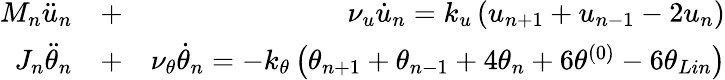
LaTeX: \begin{array}{rlr}{{{M}_{n}}{{\ddot{u}}_{n}}}&{{}+}&{\nu_{u}\dot{u}_{n}={{k}_{u}}\left({{u}_{n+1}}+{{u}_{n-1}}-2{{u}_{n}}\right)}\\ {{{J}_{n}}{{\ddot{\theta}}_{n}}}&{{}+}&{\nu_{\theta}\dot{\theta}_{n}=-{{k}_{\theta}}\left({{\theta}_{n+1}}+{{\theta}_{n-1}}+4{{\theta}_{n}}+6{{\theta}^{(0)}}-6\theta_{Lin}\right)}\end{array}